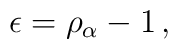
\epsilon = \rho_{\alpha} -1\, ,